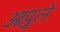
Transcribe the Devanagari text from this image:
आपुलें